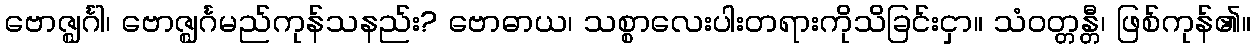
ဗောဇ္ဈင်္ဂါ၊ ဗောဇ္ဈင်္ဂမည်ကုန်သနည်း? ဗောဓာယ၊ သစ္စာလေးပါးတရားကိုသိခြင်းငှာ။ သံဝတ္တန္တီ၊ ဖြစ်ကုန်၏။